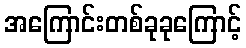
အကြောင်းတစ်ခုခုကြောင့်